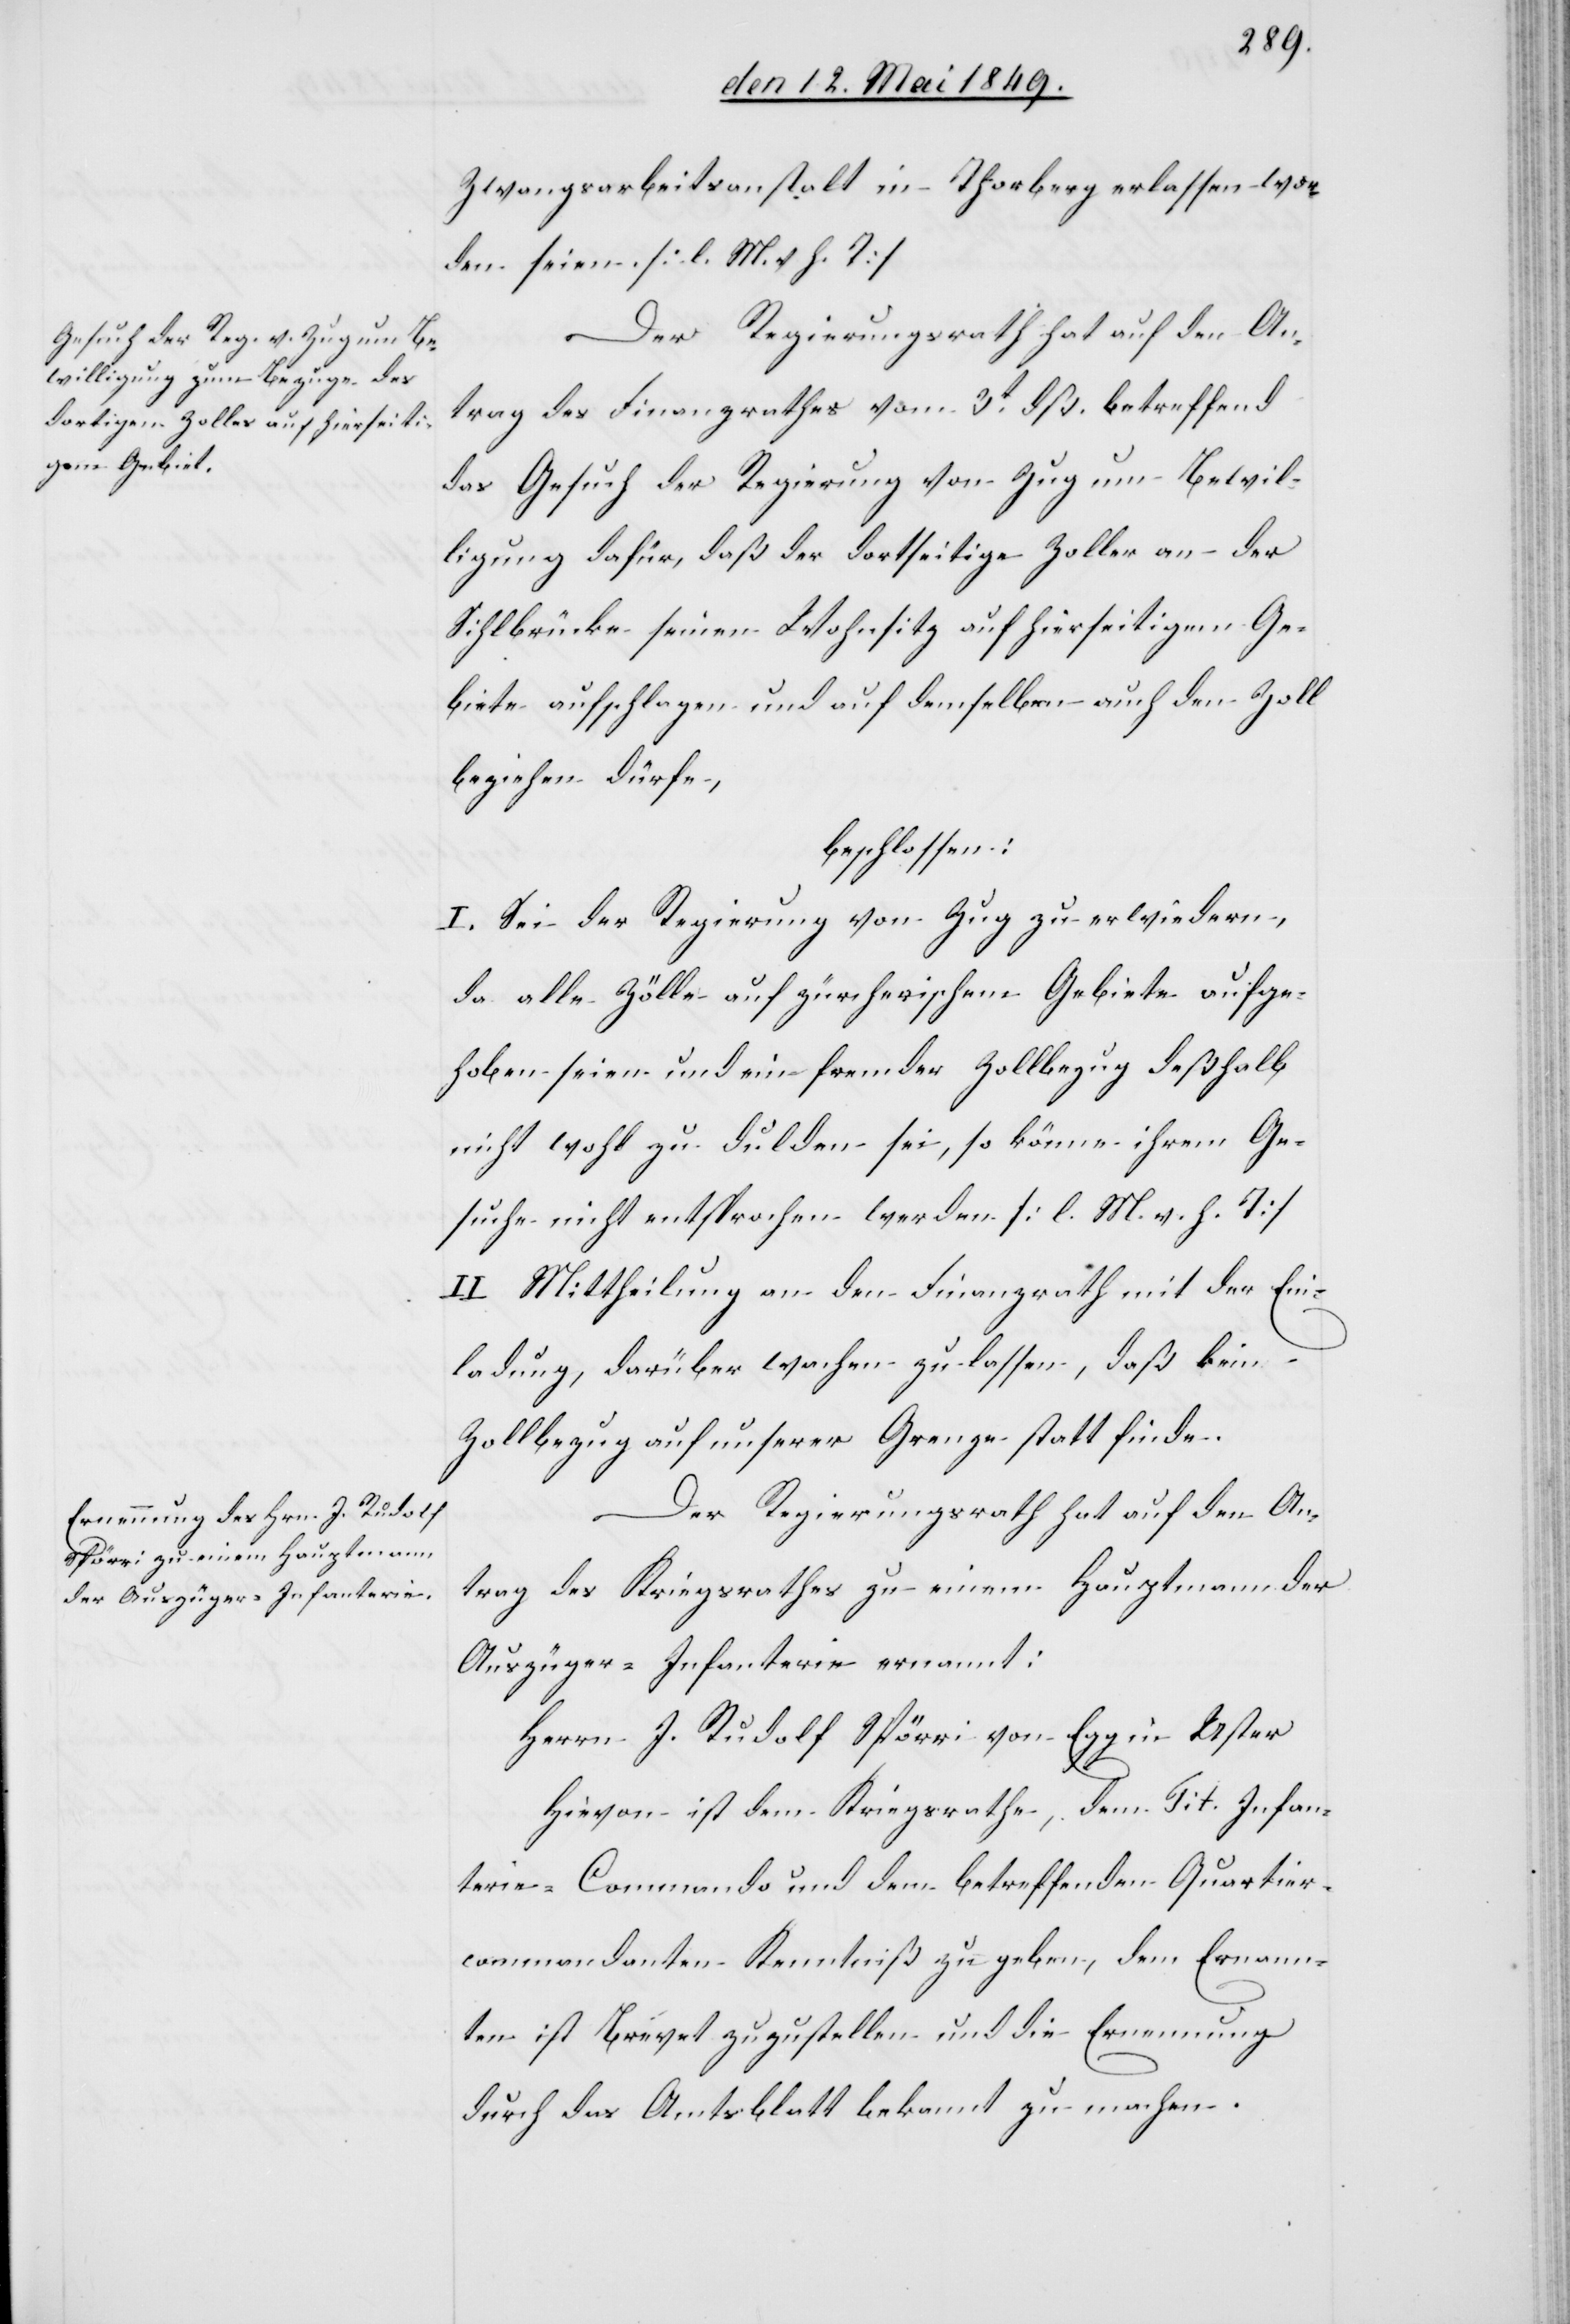
Zwangsarbeitsanstalt in Thorberg erlassen wor¬
den seien [l. M. h. T][.]
Der Regierungsrath hat auf den An¬
trag des Finanzrathes vom 3t dß. betreffend
das Gesuch der Regierung von Zug um Bewil¬
ligung dafür, daß der dortseitige Zoller an der
Sihlbrücke seinen Wohnsitz auf hierseitigem Ge¬
biete aufschlagen und auf demselben auch den Zoll
beziehen dürfe,
beschlossen:
I. Sei der Regierung von Zug zu erwiedern,
da alle Zölle auf zürcherischem Gebiete aufge¬
hoben seien und ein fremder Zollbezug deßhalb
nicht wohl zu dulden sei, so könne ihrem Ge¬
suche nicht entsprochen werden [l. M. h. T]
II. Mittheilung an den Finanzrath mit der Ein¬
ladung, darüber wachen zu lassen, daß kein
Zollbezug auf unserer Grenze statt finde.
Der Regierungsrath hat auf den An¬
trag des Kriegsrathes zu einem Hauptmann der
Auszüger-Infanterie ernannt:
Herrn J. Rudolf Spörri von Egg in Uster
Hievon ist dem Kriegsrathe, dem Tit. Infan¬
terie-Commando und dem betreffenden Quartier¬
commandanten Kenntniß zu geben, dem Ernann¬
ten ist Brevet zuzustellen und die Ernennung
durch das Amtsblatt bekannt zu machen.